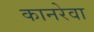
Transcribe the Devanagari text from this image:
कानरेवा